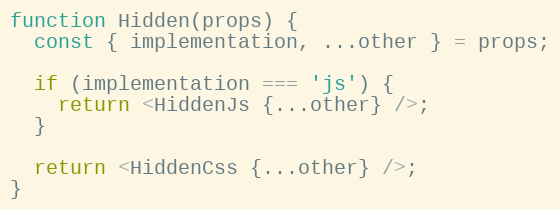
Language: JavaScript
function Hidden(props) {
  const { implementation, ...other } = props;

  if (implementation === 'js') {
    return <HiddenJs {...other} />;
  }

  return <HiddenCss {...other} />;
}